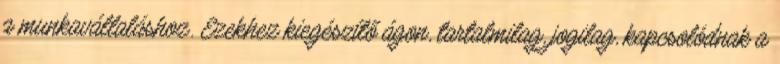
a munkavállaláshoz. Ezekhez kiegészítő ágon, tartalmilag, jogilag, kapcsolódnak a